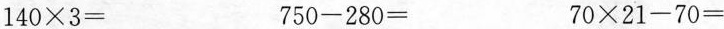
$$ 140\times3=$$ $$ 750-280=$$ $$ 70\times21-70=$$